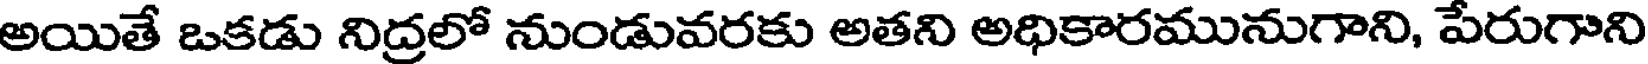
అయితే ఒకడు నిద్రలో నుండువరకు అతని అధికారమునుగాని, పేరుగాని